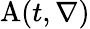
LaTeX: \mathrm{A}(t,\nabla)